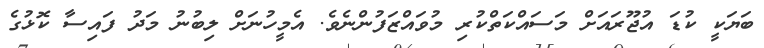
ބަޔަކީ ކުޑަ އުޖޫރައަށް މަސައްކަތްކުރި މުވައްޒަފުންނެވެ. އެމީހުނަށް ލިބުނު މަދު ފައިސާ ކޮޅުގެ